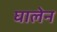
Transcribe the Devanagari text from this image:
घालेन